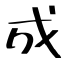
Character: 成